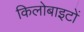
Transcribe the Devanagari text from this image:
किलोबाइटों